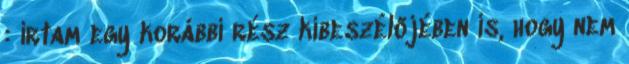
: írtam egy korábbi rész kibeszélőjében is, hogy nem